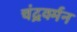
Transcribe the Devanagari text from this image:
चंद्रवर्मन